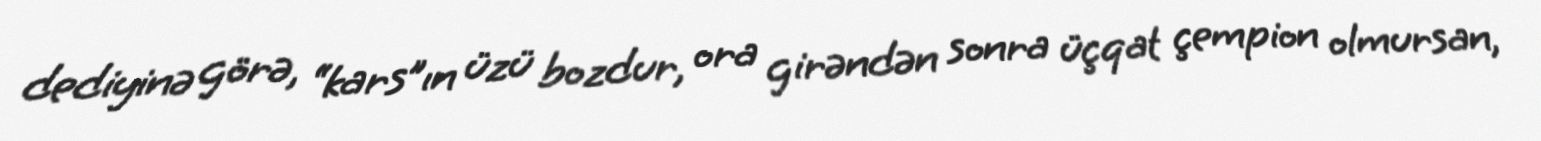
dediyinə görə, “kars”ın üzü bozdur, ora girəndən sonra üçqat çempion olmursan,